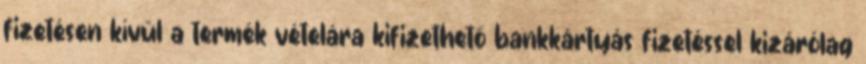
fizetésen kívül a termék vételára kifizethető bankkártyás fizetéssel kizárólag